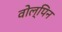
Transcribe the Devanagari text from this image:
वोल्पिन